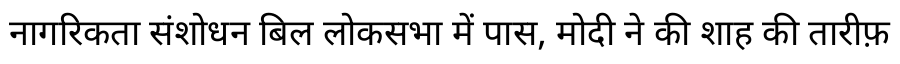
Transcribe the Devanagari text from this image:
नागरिकता संशोधन बिल लोकसभा में पास, मोदी ने की शाह की तारीफ़